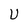
Character: U